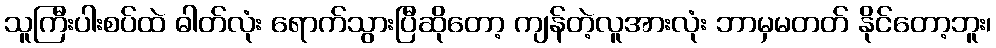
သူကြီးပါးစပ်ထဲ ဓါတ်လုံး ရောက်သွားပြီဆိုတော့ ကျန်တဲ့လူအားလုံး ဘာမှမတတ် နိုင်တော့ဘူး၊